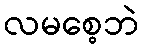
လမစေ့ဘဲ